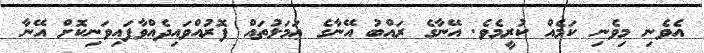
އެވެނި މިވެނި ކަމެއް ކުރީމެވެ. އޭނާގެ ރައްބު އޭނާގެ ޢަމަލުތައް ފޮރުއްވައިދެއްވާފައިވަނިކޮށް އޭނާ